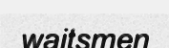
waitsmen